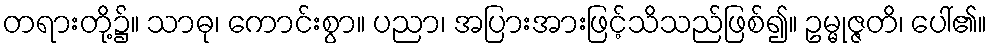
တရားတို့၌။ သာဓု၊ ကောင်းစွာ။ ပညာ၊ အပြားအားဖြင့်သိသည်ဖြစ်၍။ ဥမ္မုဇ္ဇတိ၊ ပေါ်၏။